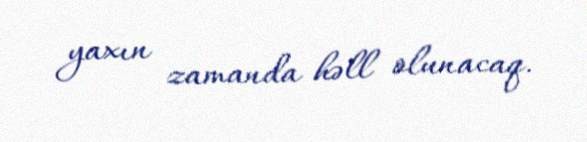
yaxın zamanda həll olunacaq.